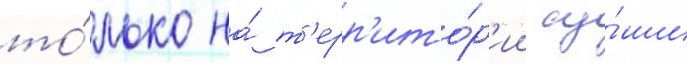
то́лько на́ т'ерр'ито́р'ии су́ши